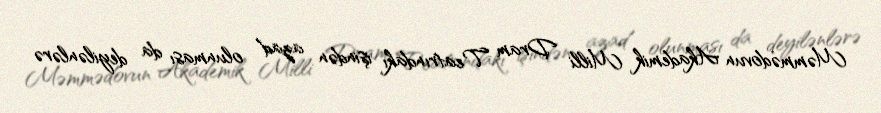
Məmmədovun Akademik Milli Dram Teatrındakı işindən azad olunması da deyilənlərə